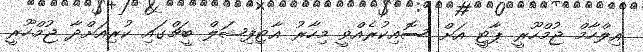
އިލްހާމް ޖުމްހޫރީ ޕާޓީ އަށް ސޮއިކުރެއްވީ މިހާރު އާޓިފިޝަލް ބީޗްގައި ކުރިއަށްދާ ޖުމްހޫރީ